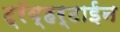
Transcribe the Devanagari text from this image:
ट्रॅव्हर्टाईन